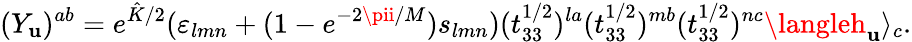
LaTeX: (Y_{\mathbf{u}})^{ab}=e^{\hat{{K}}/2}(\varepsilon_{lmn}+(1-e^{-2\pii/M})s_{lmn})(t_{33}^{1/2})^{la}(t_{33}^{1/2})^{mb}(t_{33}^{1/2})^{nc}\langleh_{\mathbf{u}}\rangle_{c}.